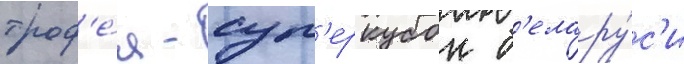
троф'е́я - суп'еркубок б'елару́с'и